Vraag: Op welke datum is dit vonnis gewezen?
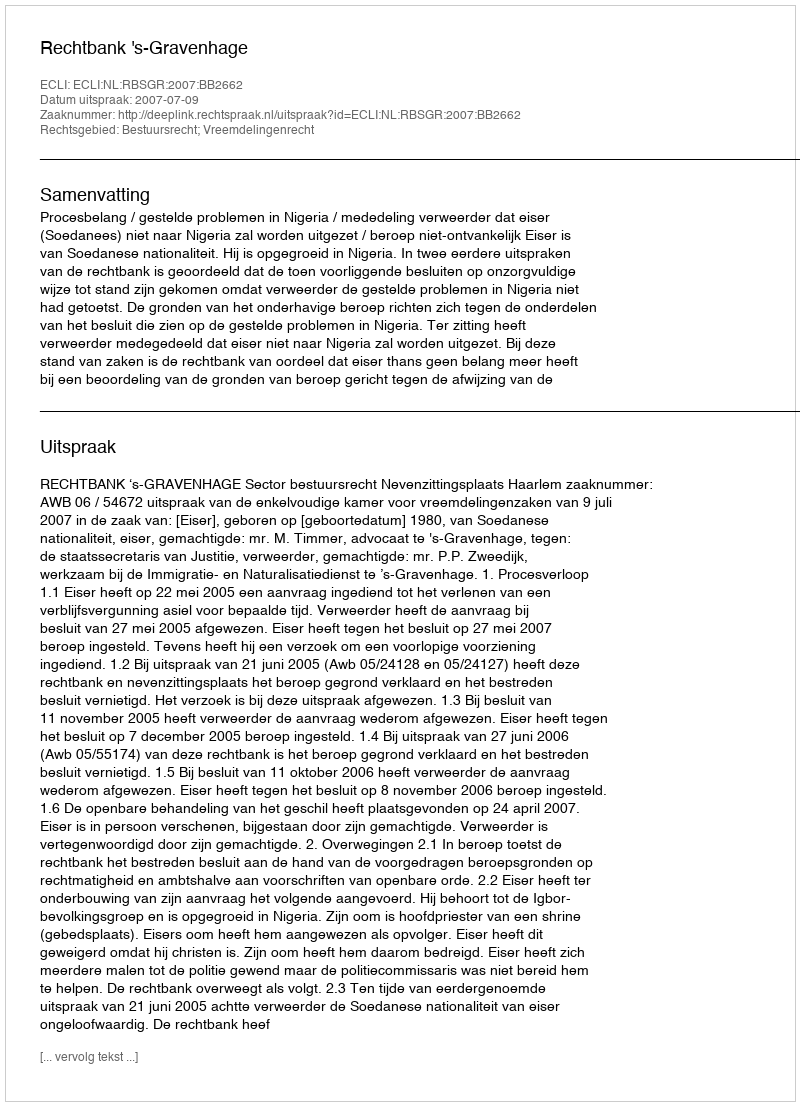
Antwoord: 2007-07-09